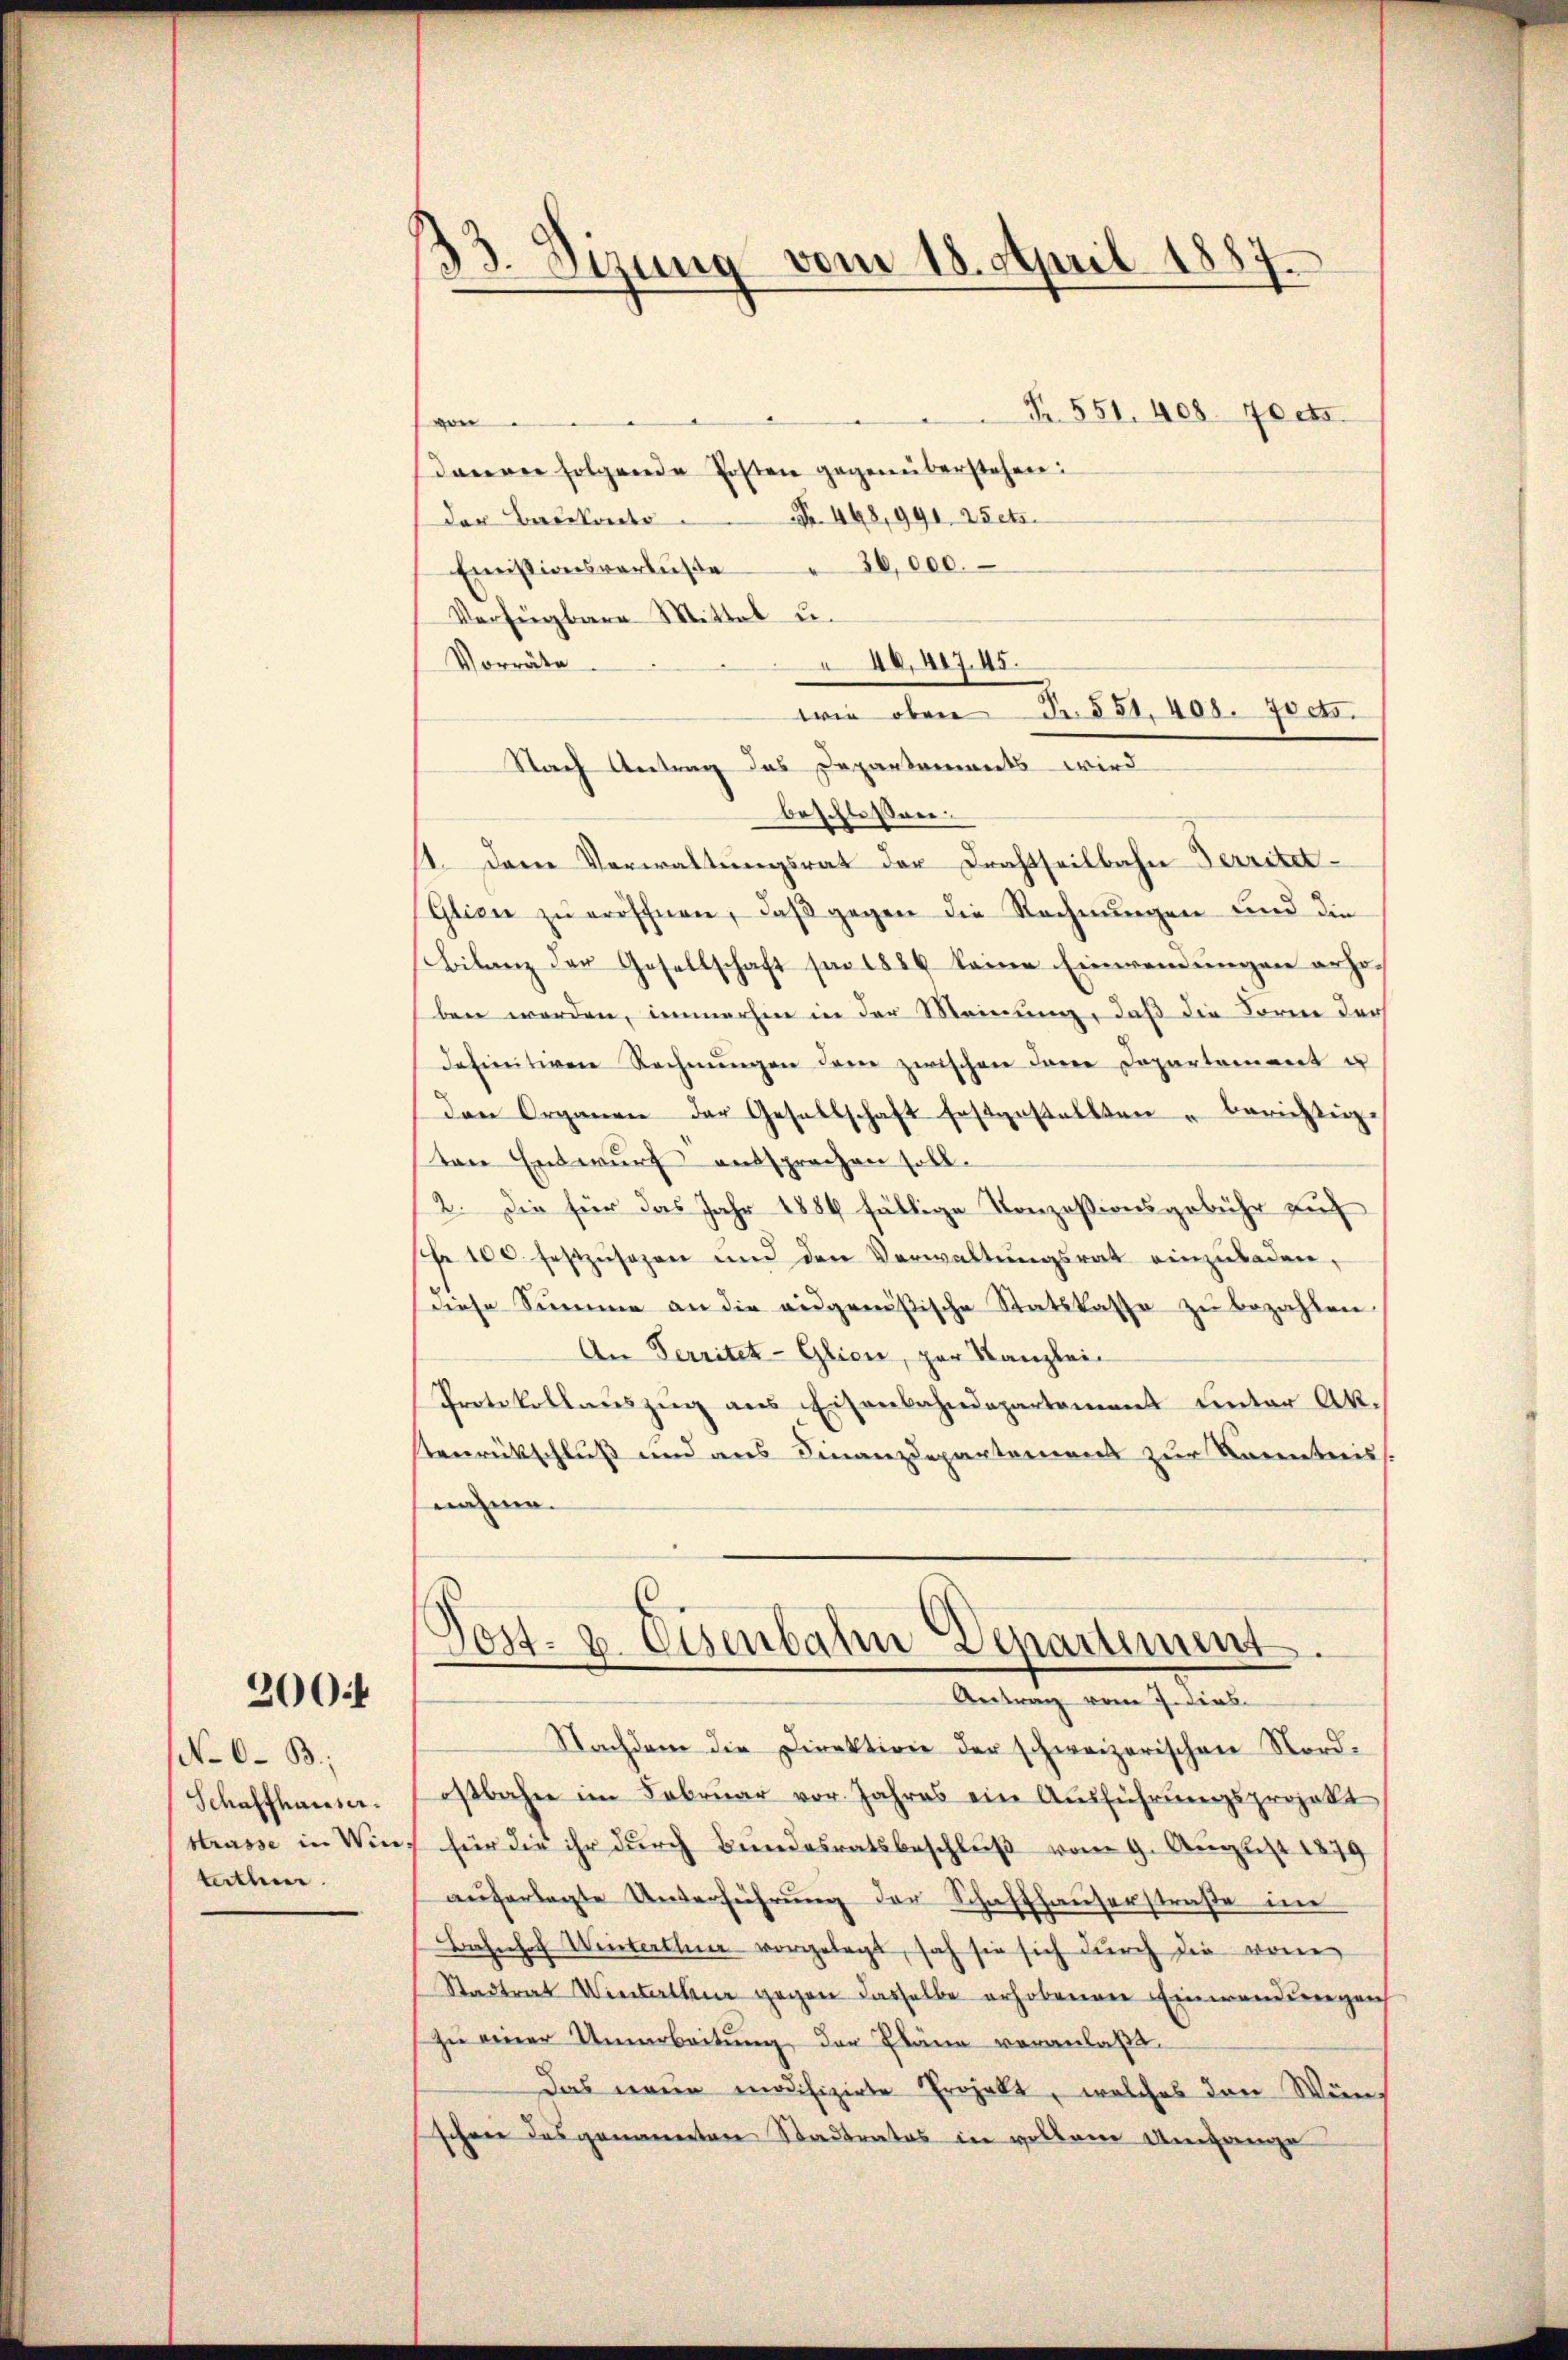
200f

No. 6. B
Schaffhauser.
Strasse in Win
tethen.

33. Dizung vom 18. April 1887
d

Fr. 551. 408. 700.
von.
daverne folgende Posten gegenüberstehen:
Nr. 448, 991 25ets.
der Breitants
Emistionsverbüsse 26,000.
Verfügbare Mittel u.
Vorräte
40,41745.
wie oben S. 551. 401. 705.
Nach Antrag das Departements wird
beschlossen:
11. Dane Verwaltŭngsrat der Drahtseitbahn Territet
Glien zu eröffnen, daß gegen die Rechnungen und die
Bilanz der Gesellschaft sei 1889 keine Einwendungen erhoben werden, immerhin in der Meinung, daß die Forme der
definitiven Rechnŭngen der zwischen dere Departement u
den Organen der Gesellschaft festgestellten berichtige
ten Entwurf entsprochen soll.
2. Die für das Jahr 1884 fällige Konzessionsgebühr auf
sr 100. festzusehen und den Verwaltŭngsrat einzŭladen,
Diese Summe an die ausgenößische Statskasse zu bezahlen.
An Territet-Glion, zur Kanzlei-
Protokollauszug aus Eisenbahndepartement unter Aktenrückschluß und aus Finanzdepartement zur Kenntniss
nahme.
Post- u. Visenbahn Departimum.
Antrag vom 7. dies
Nachdem die Direktion der schweizerischen Nordostbahn im Februar vor. Jahres ein Aŭsführŭngsprojekt
für die ihr durch Bundesratsbeschluß vom 9. August 1879
aŭferlegte Unterführŭng der Schaffhauserstraße im
Bahnhof Winterthur vorgelegt, sah sie sich durch die von
Stadtrat Winterthur gegen dasselbe erhobenen Einwendungen
zu einer Umarbeitung der Pläne veranlaßt.
Das neue modifizirte Projekt, welches den Wünschen das genannten Stadtrates in vollen Umgange